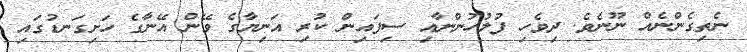
ނެތިގެންނެއް ނޫނެވެ. ދިވެހި ފުލުހުންނާއި ސިފައިން ކުރި އަނިޔާގެ ވޭން އޭނާގެ ހަށިގަނޑުގައި